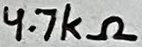
Text: 4.7kΩ